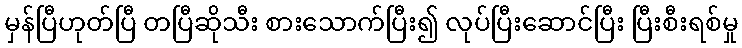
မှန်ပြီဟုတ်ပြီ တပြီဆိုသီး စားသောက်ပြီး၍ လုပ်ပြီးဆောင်ပြီး ပြီးစီးရစ်မှု